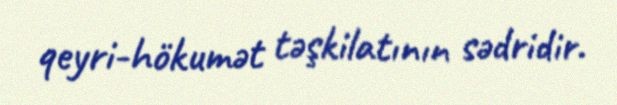
qeyri-hökumət təşkilatının sədridir.